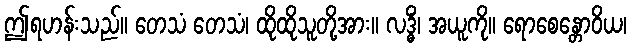
ဤရဟန်းသည်။ တေသံ တေသံ၊ ထိုထိုသူတို့အား။ လဒ္ဓိံ၊ အယူကို။ ရောစေန္တောဝိယ၊